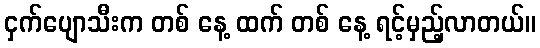
ငှက်ပျောသီးက တစ် နေ့ ထက် တစ် နေ့ ရင့်မှည့်လာတယ်။